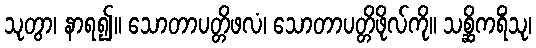
သုတွာ၊ နာရ၍။ သောတာပတ္တိဖလံ၊ သောတာပတ္တိဖိုလ်ကို။ သစ္ဆိကရိံသု၊